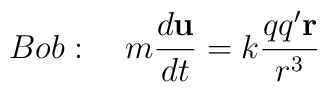
Bob:\quad m\frac{d\mathbf{u}}{dt}=k\frac{qq^{\prime }\mathbf{r}}{r^3}\qquad\qquad